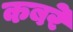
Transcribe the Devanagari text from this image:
कबरे